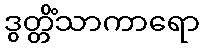
ဒွတ္တိံသာကာရော